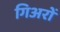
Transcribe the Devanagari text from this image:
गिअरों